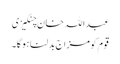
عبداللہ خان چنگیزی
قوم کومزاج بدلنا ہوگا۔